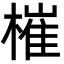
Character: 槯